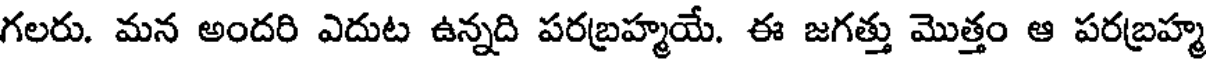
గలరు. మన అందరి ఎదుట ఉన్నది పరబ్రహ్మయే. ఈ జగత్తు మొత్తం ఆ పరబ్రహ్మ